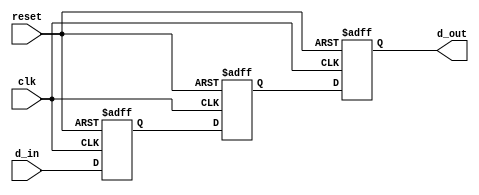
module two_flop_synchronizer (
    input wire clk,
    input wire reset,
    input wire d_in,
    output reg d_out
);

reg q1, q2;

always @(posedge clk or posedge reset) begin
    if (reset) begin
        q1 <= 1'b0;
        q2 <= 1'b0;
        d_out <= 1'b0;
    end else begin
        q1 <= d_in;
        q2 <= q1;
        d_out <= q2;
    end
end

endmodule